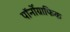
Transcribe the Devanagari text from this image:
पॉर्नोग्राफिक